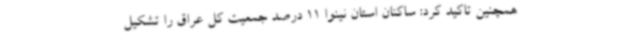
همچنین تاکید کرد: ساکنان استان نینوا 11 درصد جمعیت کل عراق را تشکیل